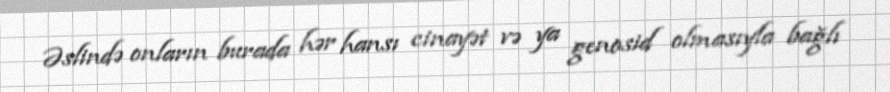
Əslində onların burada hər hansı cinayət və ya genosid olmasıyla bağlı